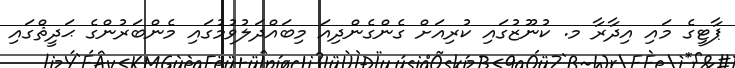
ޕާޓީގެ މައި އިދާރާ މ. ކުނޫޒުގައި ކުރިއަށް ގެންގެންދިއަ މިބައްދަލުވުމުގައި މެންބަރުންގެ ޙަދީޘްގައި